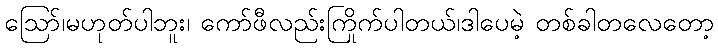
ဪ၊မဟုတ်ပါဘူး၊ ကော်ဖီလည်းကြိုက်ပါတယ်၊ဒါပေမဲ့ တစ်ခါတလေတော့